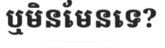
ឬមិនមែនទេ?